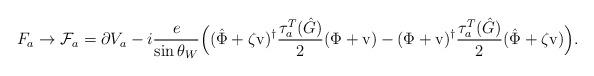
LaTeX: \begin{align*}F_a \to {\cal F}_a = \partial V_a - i \frac e{\sin \theta_W}\Bigl((\hat \Phi + \zeta \mbox{v} )^\dagger \frac {\tau^T_{a}(\hat G)} 2( \Phi + \mbox{v} ) -( \Phi + \mbox{v} )^\dagger \frac {\tau^T_{a}(\hat G)} 2( \hat \Phi + \zeta \mbox{v} ) \Bigr) . \end{align*}